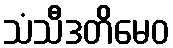
သံသီဒတိမေဝ